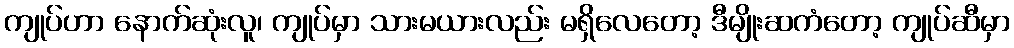
ကျုပ်ဟာ နောက်ဆုံးလူ၊ ကျုပ်မှာ သားမယားလည်း မရှိလေတော့ ဒီမျိုးဆကံတော့ ကျုပ်ဆီမှာ